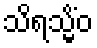
သိရသ္မိံဝ